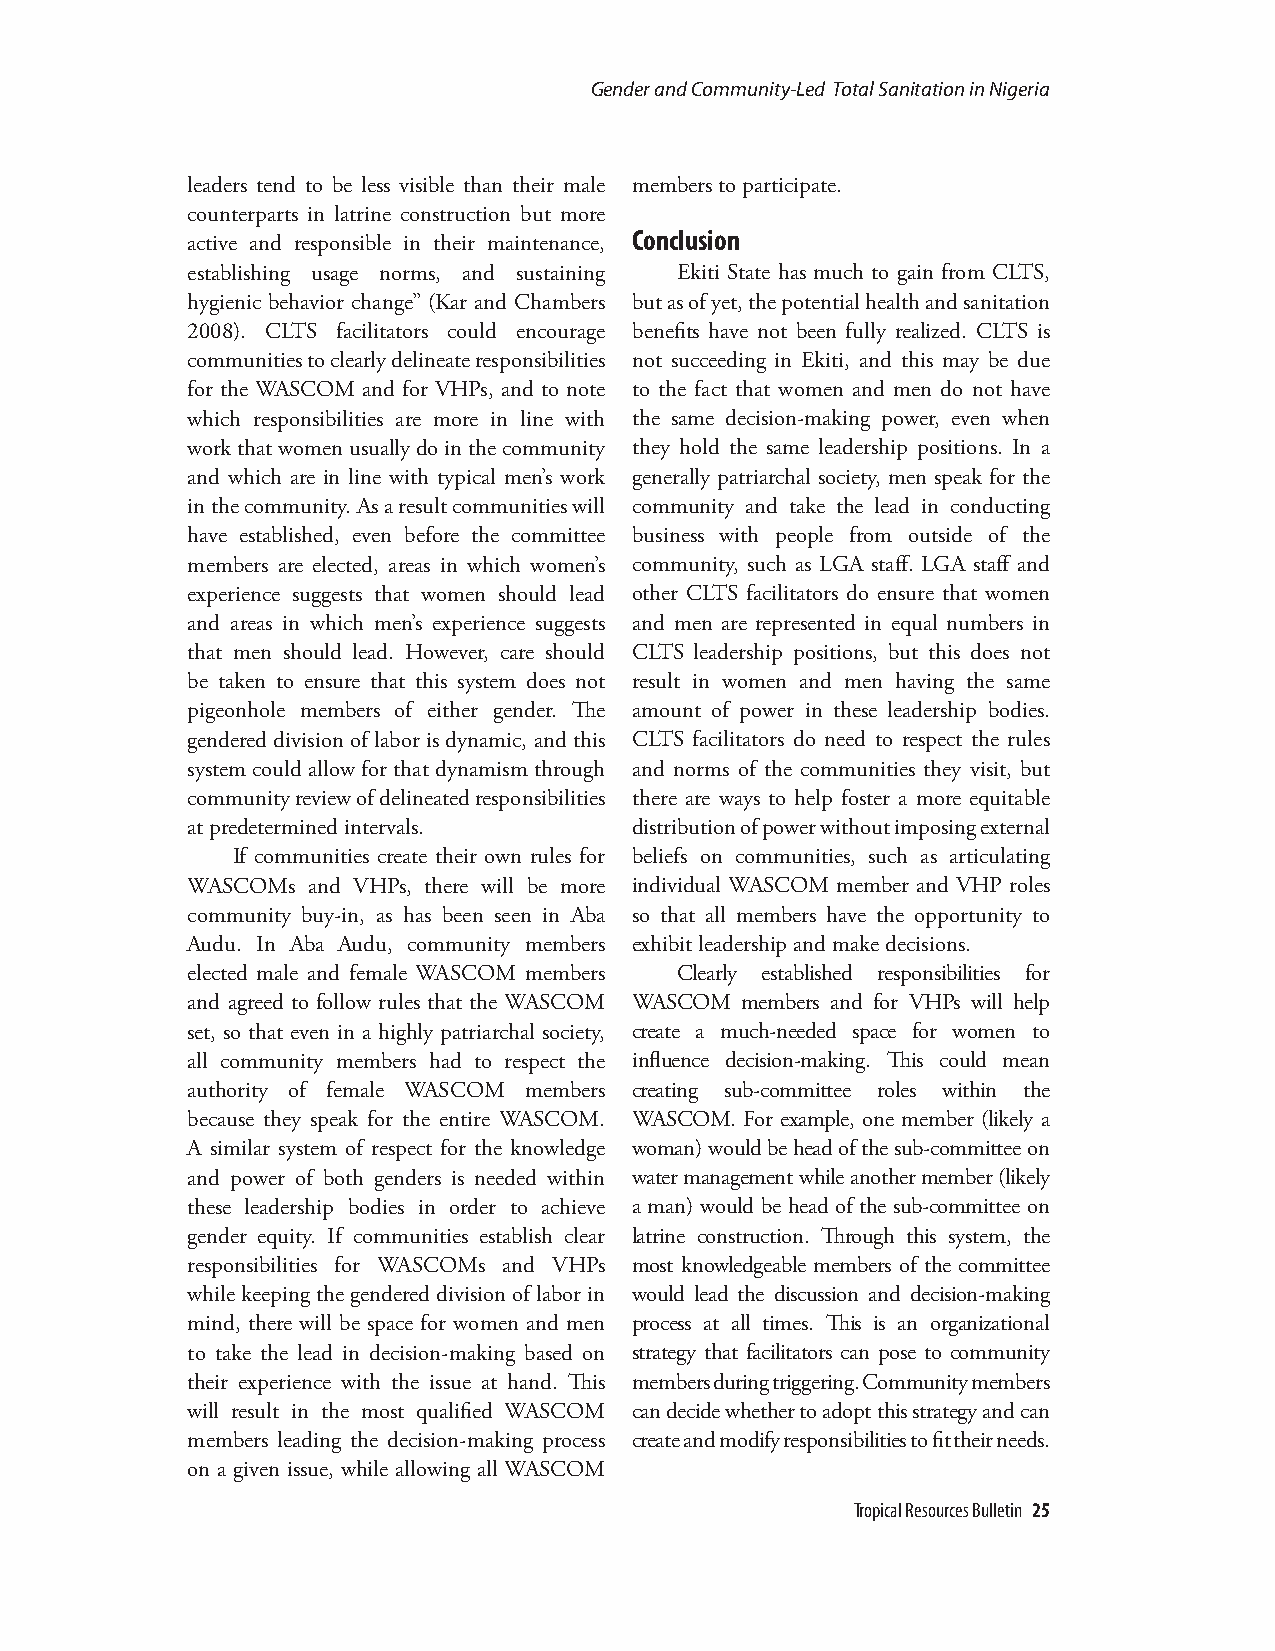
Gender and Community-Led Total Sanitation in Nigeria
 leaders tend to be less visible than their male members to participate.
 counterparts in latrine construction but more
 Conclusion
 active and responsible in their maintenance,
 establishing usage norms, and sustaining Ekiti State has much to gain from CLTS,
 hygienic behavior change” (Kar and Chambers but as of yet, the potential health and sanitation
 2008). CLTS facilitators could encourage benefits have not been fully realized. CLTS is
 communities to clearly delineate responsibilities not succeeding in Ekiti, and this may be due
 for the WASCOM and for VHPs, and to note to the fact that women and men do not have
 which responsibilities are more in line with the same decision-making power, even when
 work that women usually do in the community they hold the same leadership positions. In a
 and which are in line with typical men’s work generally patriarchal society, men speak for the
 in the community. As a result communities will community and take the lead in conducting
 have established, even before the committee business with people from outside of the
 members are elected, areas in which women’s community, such as LGA staff. LGA staff and
 experience suggests that women should lead other CLTS facilitators do ensure that women
 and areas in which men’s experience suggests and men are represented in equal numbers in
 that men should lead. However, care should CLTS leadership positions, but this does not
 be taken to ensure that this system does not result in women and men having the same
 pigeonhole members of either gender. The amount of power in these leadership bodies.
 gendered division of labor is dynamic, and this CLTS facilitators do need to respect the rules
 system could allow for that dynamism through and norms of the communities they visit, but
 community review of delineated responsibilities there are ways to help foster a more equitable
 at predetermined intervals.   distribution of power without imposing external
 If communities create their own rules for beliefs on communities, such as articulating
 WASCOMs and VHPs, there will be more individual WASCOM member and VHP roles
 community buy-in, as has been seen in Aba so that all members have the opportunity to
 Audu. In Aba Audu, community members exhibit leadership and make decisions.
 elected male and female WASCOM members Clearly established responsibilities for
 and agreed to follow rules that the WASCOM WASCOM members and for VHPs will help
 set, so that even in a highly patriarchal society, create a much-needed space for women to
 all community members had to respect the influence decision-making. This could mean
 authority of female WASCOM members creating sub-committee roles within the
 because they speak for the entire WASCOM. WASCOM. For example, one member (likely a
 A similar system of respect for the knowledge woman) would be head of the sub-committee on
 and power of both genders is needed within water management while another member (likely
 these leadership bodies in order to achieve a man) would be head of the sub-committee on
 gender equity. If communities establish clear latrine construction. Through this system, the
 responsibilities for WASCOMs and VHPs most knowledgeable members of the committee
 while keeping the gendered division of labor in would lead the discussion and decision-making
 mind, there will be space for women and men process at all times. This is an organizational
 to take the lead in decision-making based on strategy that facilitators can pose to community
 their experience with the issue at hand. This members during triggering. Community members
 will result in the most qualified WASCOM can decide whether to adopt this strategy and can
 members leading the decision-making process create and modify responsibilities to fit their needs.
 on a given issue, while allowing all WASCOM
 Tropical Resources Bulletin 25